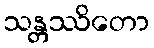
သန္တဿိတော